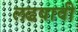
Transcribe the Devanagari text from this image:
लढवावी